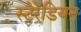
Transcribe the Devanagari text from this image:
स्टेरेडियन